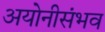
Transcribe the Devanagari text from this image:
अयोनीसंभव